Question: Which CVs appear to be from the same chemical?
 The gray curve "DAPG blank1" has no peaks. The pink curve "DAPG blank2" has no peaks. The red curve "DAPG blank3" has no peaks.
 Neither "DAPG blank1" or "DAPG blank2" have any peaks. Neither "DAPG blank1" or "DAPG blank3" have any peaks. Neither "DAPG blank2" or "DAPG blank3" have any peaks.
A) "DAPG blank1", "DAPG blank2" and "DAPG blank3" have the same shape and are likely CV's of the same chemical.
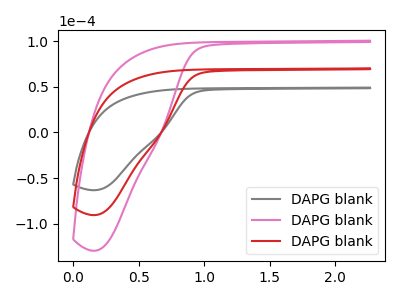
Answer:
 <answer>A) "DAPG blank1", "DAPG blank2" and "DAPG blank3" have the same shape and are likely CV's of the same chemical.</answer>
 <eval>A</eval>